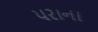
પરાના